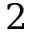
2